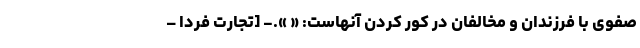
صفوی با فرزندان و مخالفان در کور کردن آنهاست: « ».- [تجارت فردا –